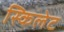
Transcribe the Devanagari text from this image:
स्किलेट